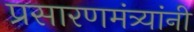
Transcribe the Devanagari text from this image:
प्रसारणमंत्र्यांनी